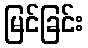
မြင်ခြင်း